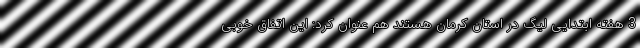
3 هفته ابتدایی لیگ در استان کرمان هستند هم عنوان کرد: این اتفاق خوبی